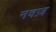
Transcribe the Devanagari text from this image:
नवज़